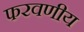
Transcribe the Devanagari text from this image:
फरवणीय